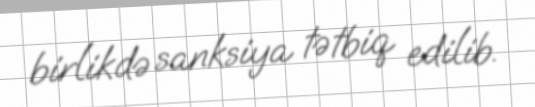
birlikdə sanksiya tətbiq edilib.